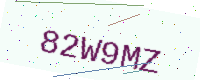
Text: 82W9MZ